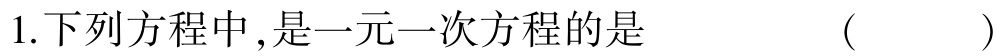
1.下列方程中,是一元一次方程的是  (   )